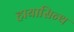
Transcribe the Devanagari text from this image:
हायासिन्थ